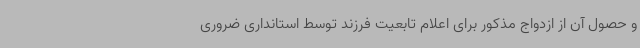
و حصول آن از ازدواج مذکور برای اعلام تابعیت فرزند توسط استانداری ضروری